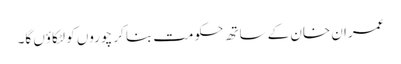
عمران خان کے ساتھ حکومت بنا کر چوروں کو لٹکاؤں گا۔